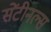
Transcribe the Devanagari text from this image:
सेंटीनल्स